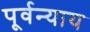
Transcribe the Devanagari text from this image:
पूर्वन्याय